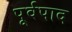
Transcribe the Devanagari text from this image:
पूर्वपाद